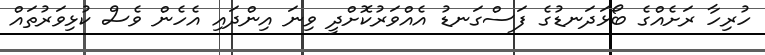
ހުރިހާ ރަށެއްގެ ބޯޅަދަނޑުގެ ފަސްގަނޑު އެއްވަރުކޮށްދީ ވިނަ އިންދައި އެހެން ވެސް ކުޅިވަރުތައް